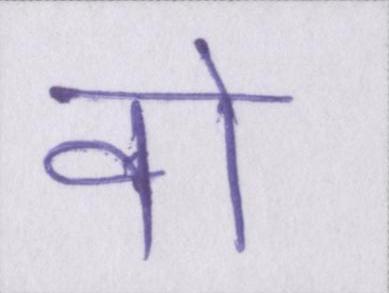
वो